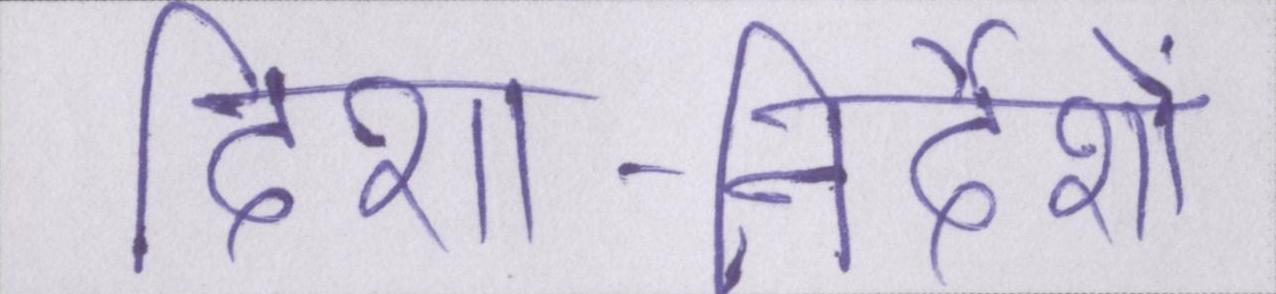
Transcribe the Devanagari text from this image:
दिशा-निर्देशों